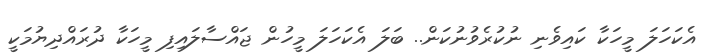
އެކަހަލަ މީހަކާ ކައިވެނި ނުކުރެވުނުކަން.. ބަލަ އެކަހަލަ މީހުން ޖައްސާލައިފި މީހަކާ ދުރައްދިޔުމަކީ